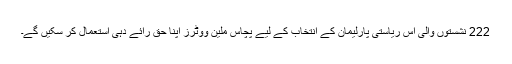
222 نشستوں والی اس ریاستی پارلیمان کے انتخاب کے لیے پچاس ملین ووٹرز اپنا حق رائے دہی استعمال کر سکیں گے۔